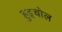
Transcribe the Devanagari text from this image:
हुइचोल